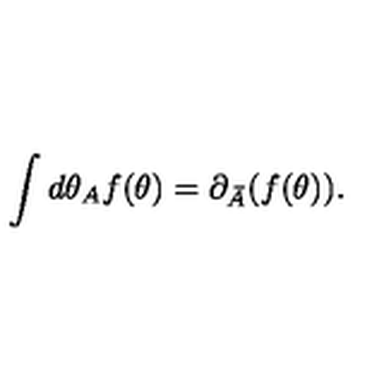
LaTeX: \int d \theta _ { A } f ( \theta ) = \partial _ { \bar { A } } ( f ( \theta ) ) .